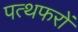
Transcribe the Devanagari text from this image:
पत्थफरों